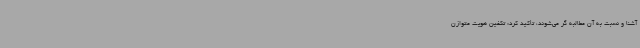
آشنا و نسبت به آن مطالبه گر می‌شوند، تأکید کرد: تکفین هویت متوازن